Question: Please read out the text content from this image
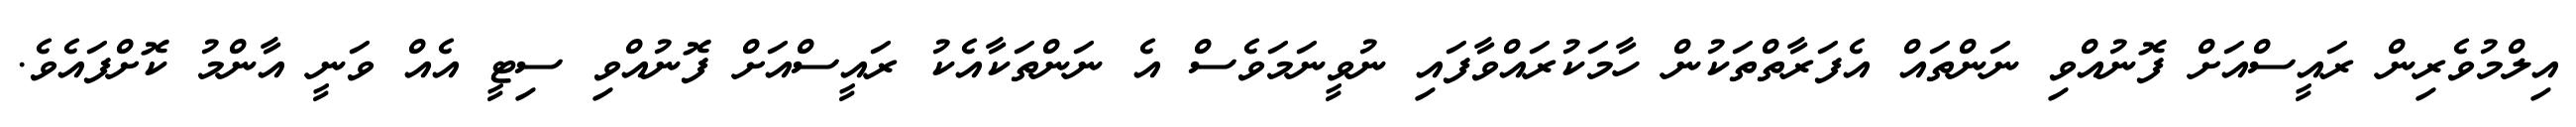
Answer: އިލްމުވެރިން ރައީސްއަށް ފޮނުއްވި ނަންތައް އެފަރާތްތަކުން ހާމަކުރައްވާފައި ނުވީނަމަވެސް އެ ނަންތަކާއެކު ރައީސްއަށް ފޮނުއްވި ސިޓީ އެއް ވަނީ އާންމު ކޮށްފައެވެ.